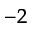
^ { - 2 }